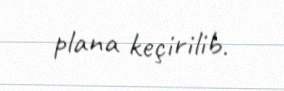
plana keçirilib.